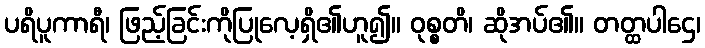
ပရိပူကာရီ၊ ဖြည့်ခြင်းကိုပြုလေ့ရှိ၏ဟူ၍။ ဝုစ္စတိ၊ ဆိုအပ်၏။ တတ္ထပါဌေ၊